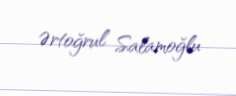
Ərtoğrul Salamoğlu